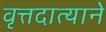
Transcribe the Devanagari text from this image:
वृत्तदात्याने